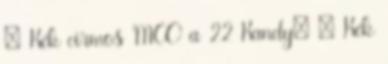
♂ Kék cirmos MCO a 22 Kandy: ♀ Kék